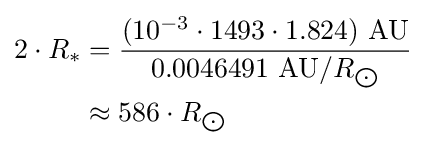
{\begin{aligned}2\cdot R_{*}&={\frac {(10^{-3}\cdot 1493\cdot 1.824)\ {\text{AU}}}{0.0046491\ {\text{AU}}/R_{\bigodot }}}\\&\approx 586\cdot R_{\bigodot }\end{aligned}}